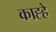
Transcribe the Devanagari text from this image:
काह्हे